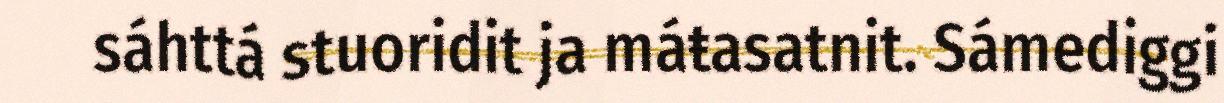
sáhttá stuoridit ja máŧasatnit. Sámediggi